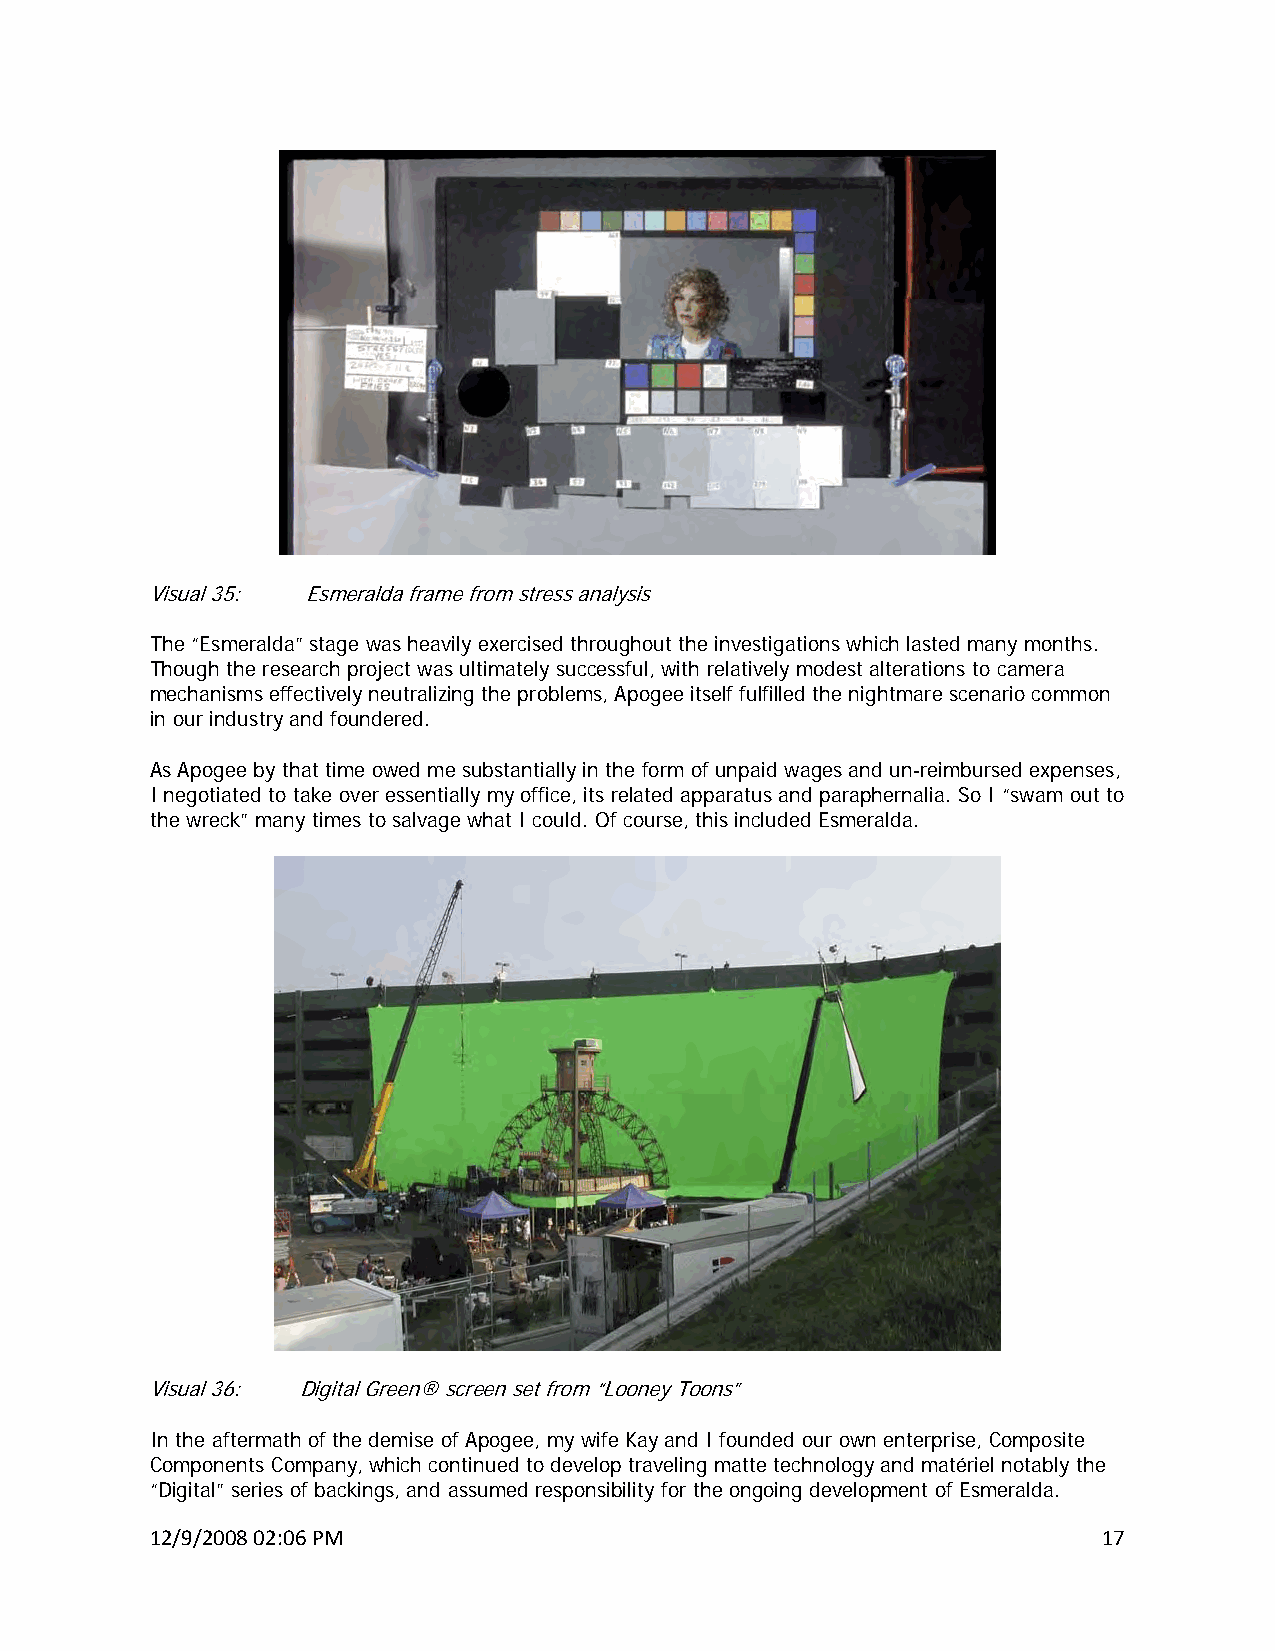
Visual 35: Esmeralda frame from stress analysis
 The “Esmeralda” stage was heavily exercised throughout the investigations which lasted many months.
 Though the research project was ultimately successful, with relatively modest alterations to camera
 mechanisms effectively neutralizing the problems, Apogee itself fulfilled the nightmare scenario common
 in our industry and foundered.
 As Apogee by that time owed me substantially in the form of unpaid wages and un-reimbursed expenses,
 I negotiated to take over essentially my office, its related apparatus and paraphernalia. So I “swam out to
 the wreck” many times to salvage what I could. Of course, this included Esmeralda.
 Visual 36: Digital Green® screen set from “Looney Toons”
 In the aftermath of the demise of Apogee, my wife Kay and I founded our own enterprise, Composite
 Components Company, which continued to develop traveling matte technology and matériel notably the
 “Digital” series of backings, and assumed responsibility for the ongoing development of Esmeralda.
 12/9/2008 02:06 PM                                             17